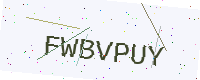
Text: FWBVPUY